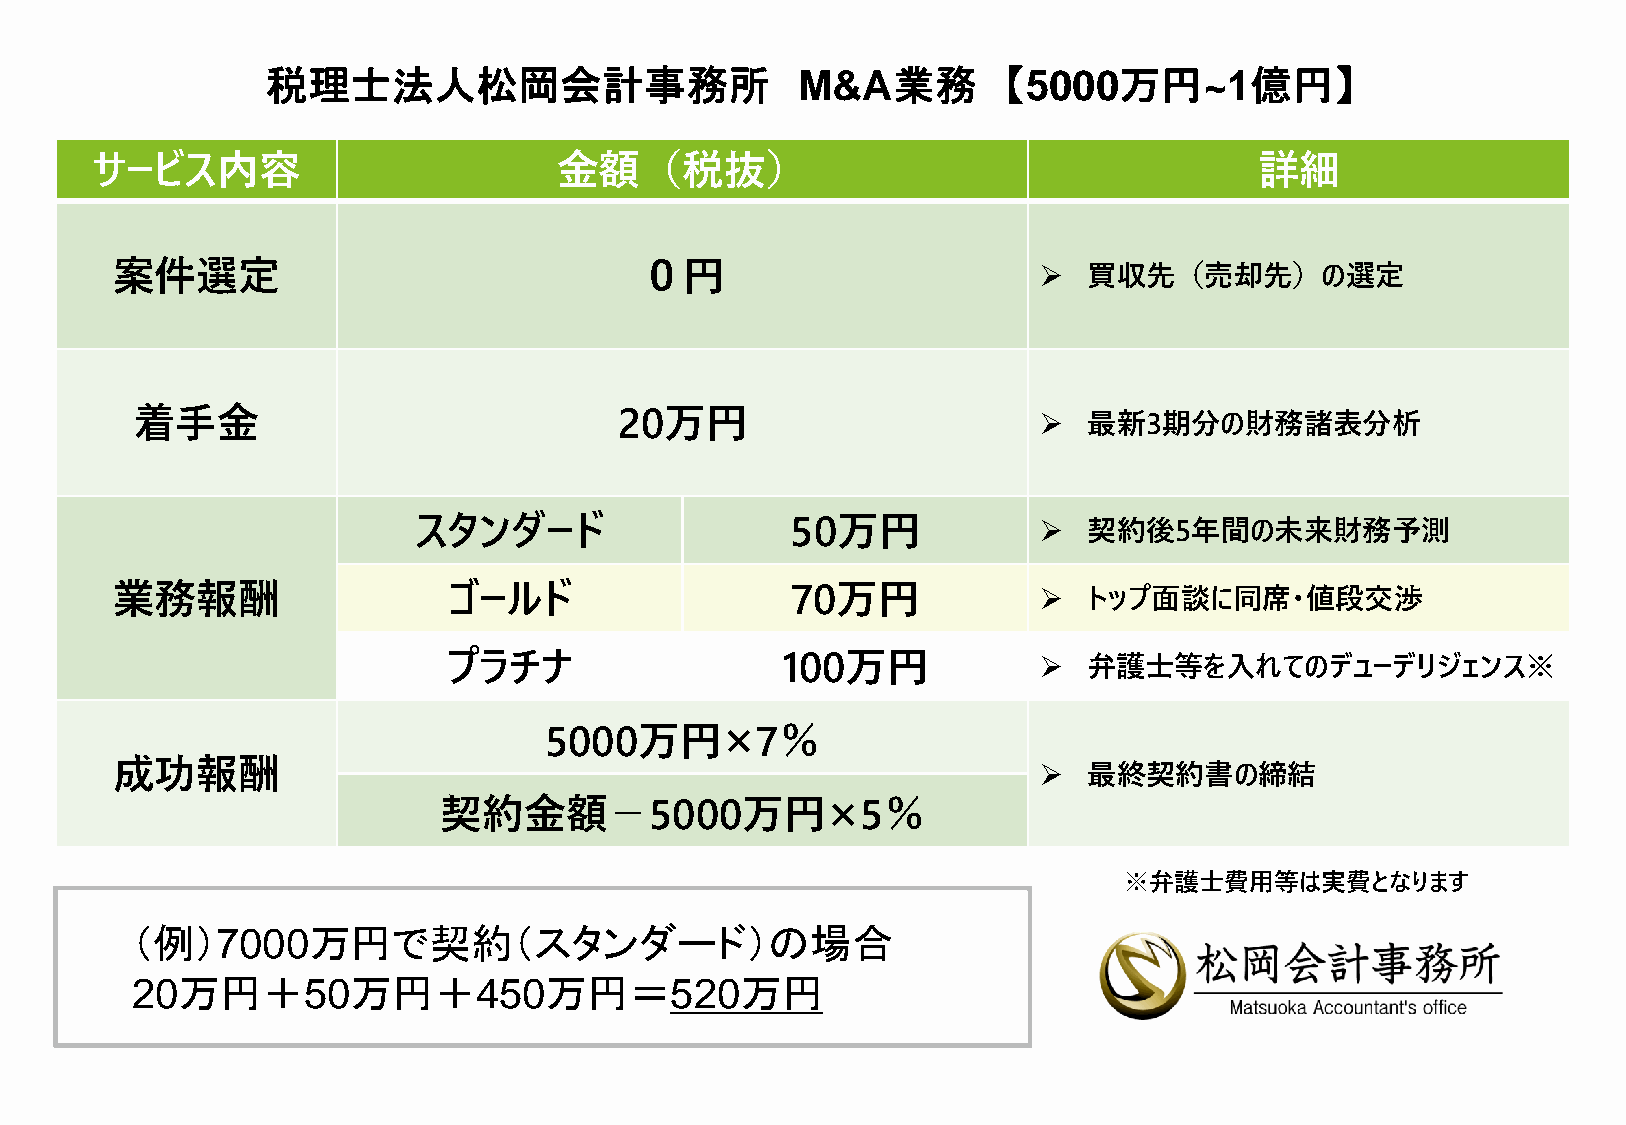
税理士法人松岡会計事務所                       M&A業務        【5000万円~1億円】
 サービス内容                         金額（税抜）                                        詳細
 案件選定                               ０円                         ➢  買収先（売却先）の選定
 着手金                             20万円                        ➢  最新3期分の財務諸表分析
 スタンダード                   50万円             ➢  契約後5年間の未来財務予測
 業務報酬                   ゴールド                  70万円             ➢  トップ面談に同席・値段交渉
 プラチナ                  100万円            ➢  弁護士等を入れてのデューデリジェンス※
 ×
 5000万円        7％
 成功報酬                                                          ➢  最終契約書の締結
 ×
 契約金額−5000万円                 5％
 ※弁護士費用等は実費となります
 （例）7000万円で契約（スタンダード）の場合
 20万円＋50万円＋450万円＝520万円